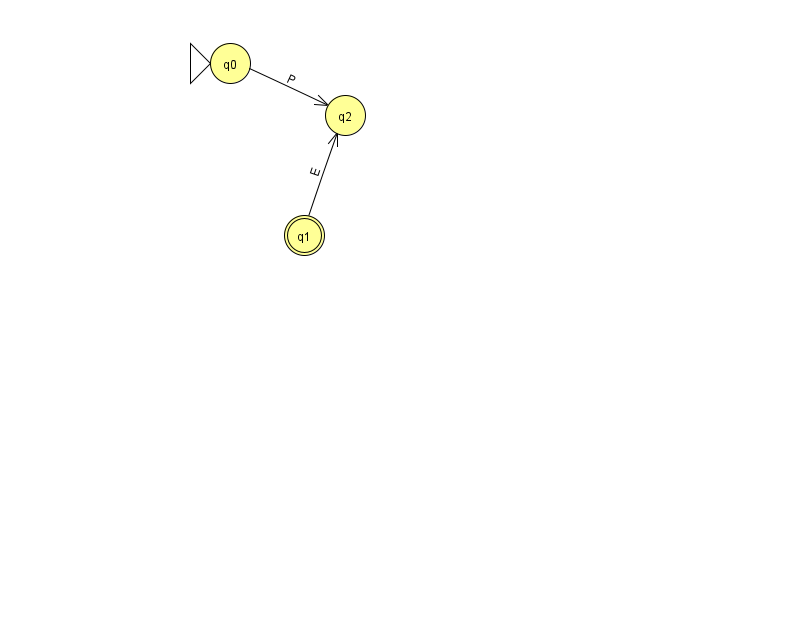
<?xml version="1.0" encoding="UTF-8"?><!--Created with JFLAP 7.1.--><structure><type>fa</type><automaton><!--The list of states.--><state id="0" name="q0"><x>230.0</x><y>50.0</y><initial/></state><state id="1" name="q1"><x>304.0</x><y>222.0</y><final/></state><state id="2" name="q2"><x>345.0</x><y>102.0</y></state><!--The list of transitions.--><transition><from>0</from><to>2</to><read>P</read></transition><transition><from>1</from><to>2</to><read>E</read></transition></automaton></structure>